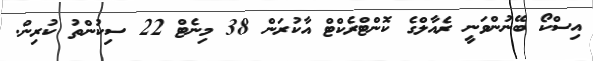
އިސްކޯ ބޭނުންވަނީ ރެއާލްގެ ކޮންޓްރެކްޓް އާކުރަން 38 މިނެޓް 22 ސިކުންތު ކުރިން.